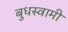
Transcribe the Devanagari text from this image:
बुधस्वामी